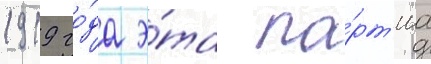
1919 го́да э́та па́рт'иа